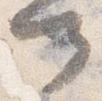
可